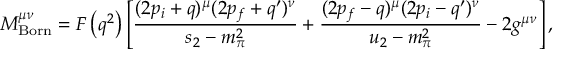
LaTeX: { \cal M } _ { \mathrm { B o r n } } ^ { \mu \nu } = F \left( q ^ { 2 } \right) \left[ \frac { ( 2 p _ { i } + q ) ^ { \mu } ( 2 p _ { f } + q ^ { \prime } ) ^ { \nu } } { s _ { 2 } - m _ { \pi } ^ { 2 } } + \frac { ( 2 p _ { f } - q ) ^ { \mu } ( 2 p _ { i } - q ^ { \prime } ) ^ { \nu } } { u _ { 2 } - m _ { \pi } ^ { 2 } } - 2 g ^ { \mu \nu } \right] ,